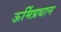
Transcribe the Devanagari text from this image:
ऊर्मिप्रधान